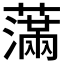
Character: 𦿭